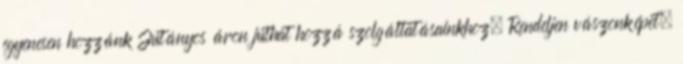
egyenesen hozzánk Jutányos áron juthat hozzá szolgáltatásainkhoz. Rendeljen vászonképet,